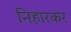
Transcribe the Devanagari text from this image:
निहारकर